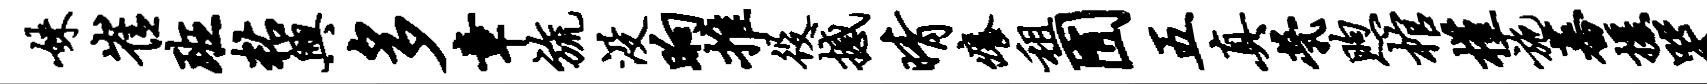
妹崔班粘兴多章旒没晌推役撼晴痒租囿五真茕煦棺槿施蕃援哭